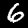
Label: 6